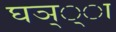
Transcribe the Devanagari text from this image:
घञ््‌ा